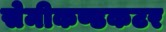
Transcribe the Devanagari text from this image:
सेमीकण्डकटर